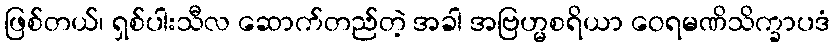
ဖြစ်တယ်၊ ရှစ်ပါးသီလ ဆောက်တည်တဲ့ အခါ အဗြဟ္မစရိယာ ဝေရမဏိသိက္ခာပဒံ